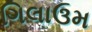
ગિલાઉમ